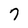
Character: 7